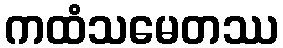
ကထံသမေတဿ